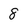
Character: 8